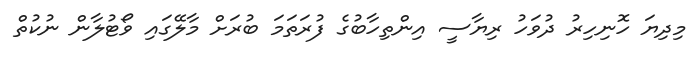
މިދިޔަ ހޮނިހިރު ދުވަހު ރިޔާސީ އިންތިހާބުގެ ފުރަތަމަ ބުރަށް މާލޭގައި ވޯޓުލާން ނުކުތް